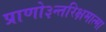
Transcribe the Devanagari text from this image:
प्राणो३न्तरिक्षमात्मा